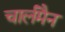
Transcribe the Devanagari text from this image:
चार्लमैन